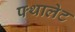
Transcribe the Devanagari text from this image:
फ्थालेट